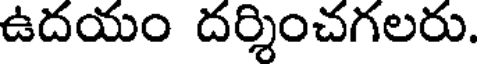
ఉదయం దర్శించగలరు.